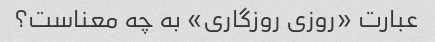
عبارت «روزی روزگاری» به چه معناست؟